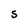
Character: S